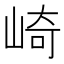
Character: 崎